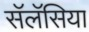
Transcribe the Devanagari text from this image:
सॅलॅसिया